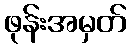
ဖုန်းအမှတ်